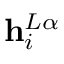
\mathbf { h } _ { i } ^ { L \alpha }